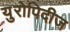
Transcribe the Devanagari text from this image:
युरोपिदीज